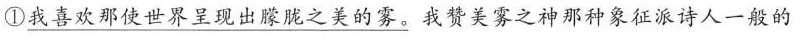
①\underline{我喜欢那使世界呈现出朦胧之美的雾。}我赞美雾之神那种象征派诗人一般的